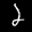
Label: 2